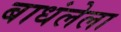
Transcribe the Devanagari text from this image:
बाधंलेला